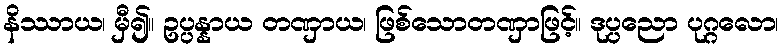
နိဿာယ၊ မှီ၍။ ဥပ္ပန္နာယ တဏှာယ၊ ဖြစ်သောတဏှာဖြင့်။ ဒုပ္ပညော ပုဂ္ဂလော၊